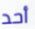
أحد